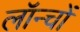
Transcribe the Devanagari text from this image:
लॉन्चों